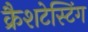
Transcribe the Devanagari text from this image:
क्रैशटेस्टिंग